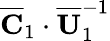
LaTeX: \overline{{\mathbf{C}}}_{1}\cdot\overline{{\mathbf{U}}}_{1}^{-1}